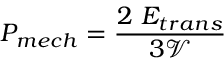
P _ { { m e c h } } = \frac { 2 ~ E _ { t r a n s } } { 3 \mathcal { V } }